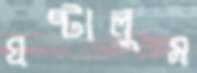
ঘষ্‌টালুম